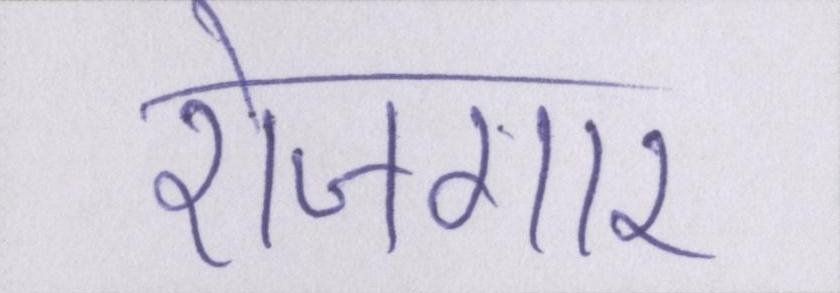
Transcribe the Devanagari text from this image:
रोजगार